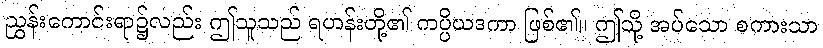
ညွှန်းကောင်းရာ၌လည်း ဤသူသည် ရဟန်းတို့၏ ကပ္ပိယဒကာ ဖြစ်၏။ ဤသို့ အပ်သော စကားသာ